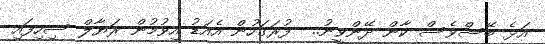
އަޅެ ބޭސްވެސް ކާން ދޭންވީނު..  ފުރަގަހުން އެއަޑު އިވުމުން ރަޔާލް ސިހިފައި